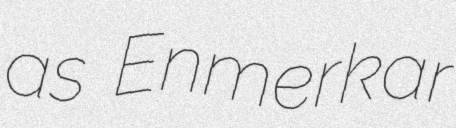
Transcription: as Enmerkar